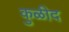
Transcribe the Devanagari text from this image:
कुळीद